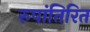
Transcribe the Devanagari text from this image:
रुपांतिरित